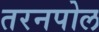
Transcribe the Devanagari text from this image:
तरनपोल